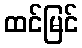
ထင်မြင်